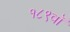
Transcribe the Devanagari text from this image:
१८९वॉ